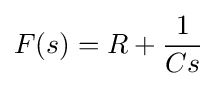
F(s)=R+{\frac {1}{Cs}}